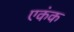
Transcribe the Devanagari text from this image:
एकंक